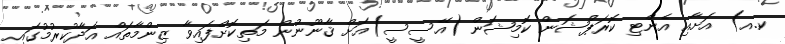
ކ.އ) އަށާއި އެންޓި ކޮރަޕްޝަން ކޮމިޝަން (އޭސީސީ)އަށް ޤާނޫނުން މަތިކޮށްފައިވާ ޒިންމާތައް އަދާކުރުމުގައި